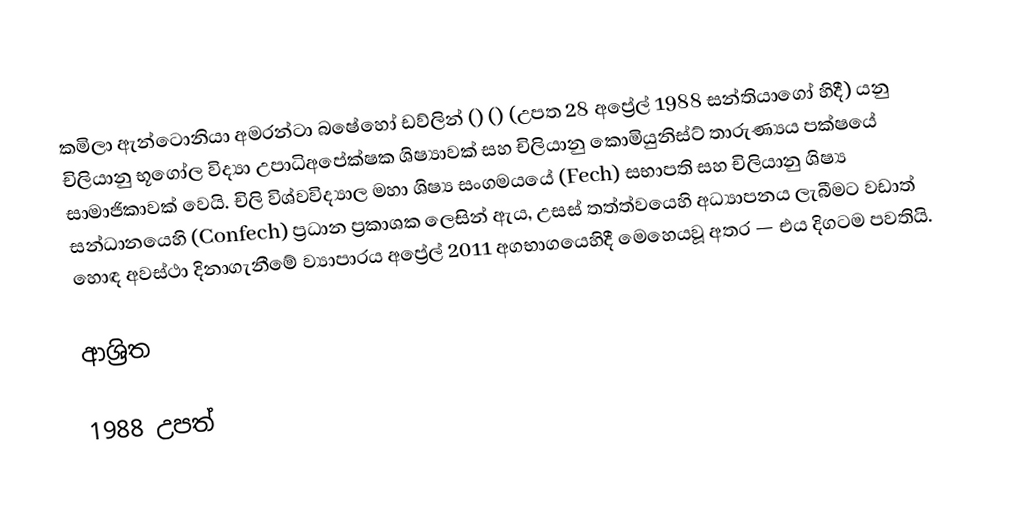
කමිලා ඇන්ටොනියා අමරන්ටා බෂේහෝ ඩව්ලින් () () (උපත 28 අප්‍රේල් 1988 සන්තියාගෝ හිදී) යනු චිලියානු භූගෝල විද්‍යා උපාධිඅපේක්ෂක ශිෂ්‍යාවක් සහ චිලියානු කොමියුනිස්ට් තාරුණ්‍යය පක්ෂයේ සාමාජිකාවක් වෙයි. චිලි විශ්වවිද්‍යාල මහා ශිෂ්‍ය සංගමයයේ  (Fech) සභාපති සහ චිලියානු ශිෂ්‍ය සන්ධානයෙහි (Confech) ප්‍රධාන ප්‍රකාශක ලෙසින් ඇය, උසස් තත්ත්වයෙහි අධ්‍යාපනය ලැබීමට වඩාත් හොඳ අවස්ථා දිනාගැනීමේ ව්‍යාපාරය අප්‍රේල් 2011 අගභාගයෙහිදී මෙහෙයවූ අතර — එය  දිගටම  පවතියි.

ආශ්‍රිත

1988 උපත්